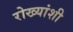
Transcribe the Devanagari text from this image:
रोख्यांशी